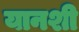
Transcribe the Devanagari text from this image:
यानशी